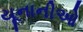
યૂનાનીઓ